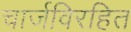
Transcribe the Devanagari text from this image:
चार्जविरहित